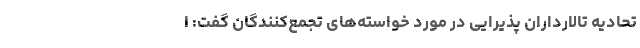
تحادیه تالارداران پذیرایی در مورد خواسته‌های تجمع‌کنندگان گفت:‌ ا